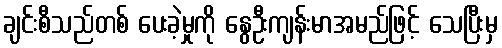
ချင်းစီသည်တစ် ပေးခဲ့မှုကို နွေဦးကျန်းမာအမည်ဖြင့် သေပြီးမှ